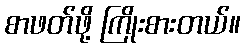
စာဖတ်ဖို့ ကြိုးစားတယ်။